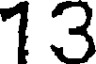
13